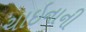
ચાઇનાની